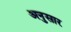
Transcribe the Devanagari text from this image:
अनुसार